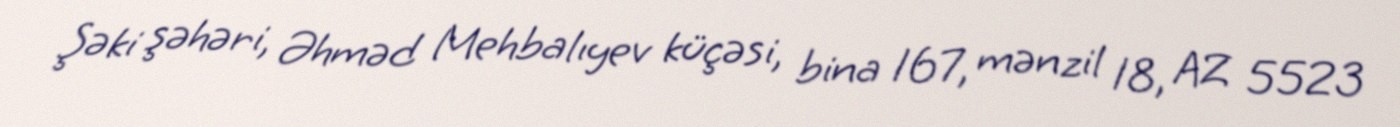
Şəki şəhəri, Əhməd Mehbalıyev küçəsi, bina 167, mənzil 18, AZ 5523